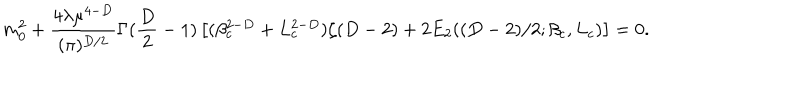
LaTeX: m _ { 0 } ^ { 2 } + \frac { 4 \lambda \mu ^ { 4 - D } } { ( \pi ) ^ { D / 2 } } \Gamma ( \frac { D } { 2 } - 1 ) \left[ ( \beta _ { c } ^ { 2 - D } + L _ { c } ^ { 2 - D } ) \zeta ( D - 2 ) + 2 E _ { 2 } ( ( D - 2 ) / 2 ; \beta _ { c } , L _ { c } ) \right] = 0 .